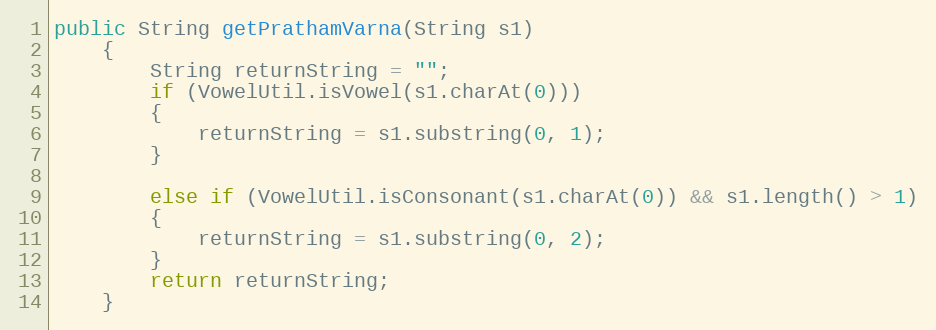
Language: Java
public String getPrathamVarna(String s1)
    {
        String returnString = "";
        if (VowelUtil.isVowel(s1.charAt(0)))
        {
            returnString = s1.substring(0, 1);
        }

        else if (VowelUtil.isConsonant(s1.charAt(0)) && s1.length() > 1)
        {
            returnString = s1.substring(0, 2);
        }
        return returnString;
    }